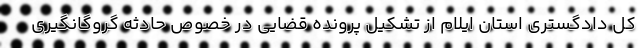
کل دادگستری استان ایلام از تشکیل پرونده قضایی در خصوص حادثه گروگانگیری